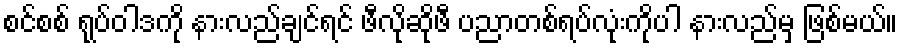
စင်စစ် ရုပ်ဝါဒကို နားလည်ချင်ရင် ဖီလိုဆိုဖီ ပညာတစ်ရပ်လုံးကိုပါ နားလည်မှ ဖြစ်မယ်။